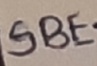
Text: SBE